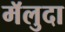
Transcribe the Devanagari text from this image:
मॅलुदा